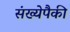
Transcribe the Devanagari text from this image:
संख्येपैकी